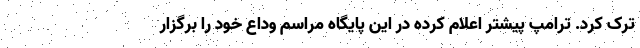
ترک کرد. ترامپ پیشتر اعلام کرده در این پایگاه مراسم وداع خود را برگزار